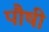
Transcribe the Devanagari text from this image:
पौषी